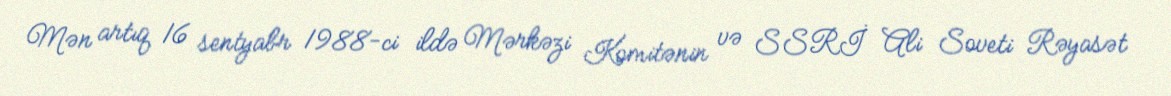
Mən artıq 16 sentyabr 1988-ci ildə Mərkəzi Komitənin və SSRİ Ali Soveti Rəyasət